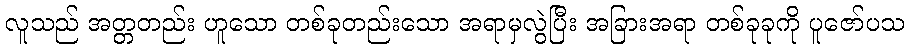
လူသည် အတ္တတည်း ဟူသော တစ်ခုတည်းသော အရာမှလွဲပြီး အခြားအရာ တစ်ခုခုကို ပူဇော်ပသ